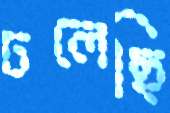
ঢলেছি